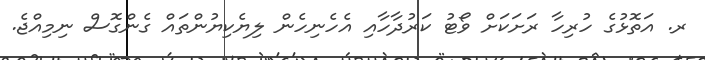
ރ. އަތޮޅުގެ ހުރިހާ ރަށަކަށް ވޯޓު ކަރުދާހާއި އެހެނިހެން ލިޔެކިޔުންތައް ގެންގޮސް ނިމިއްޖެ.